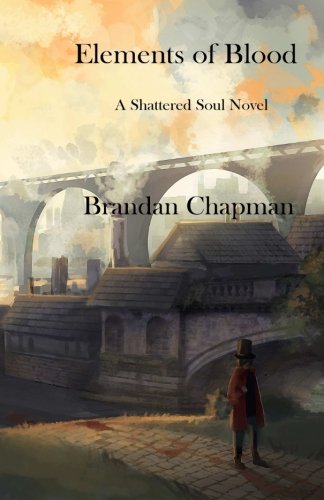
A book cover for Elements of Blood; Brandan Chapman; Science Fiction & Fantasy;